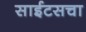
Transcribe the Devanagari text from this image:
साईटसचा